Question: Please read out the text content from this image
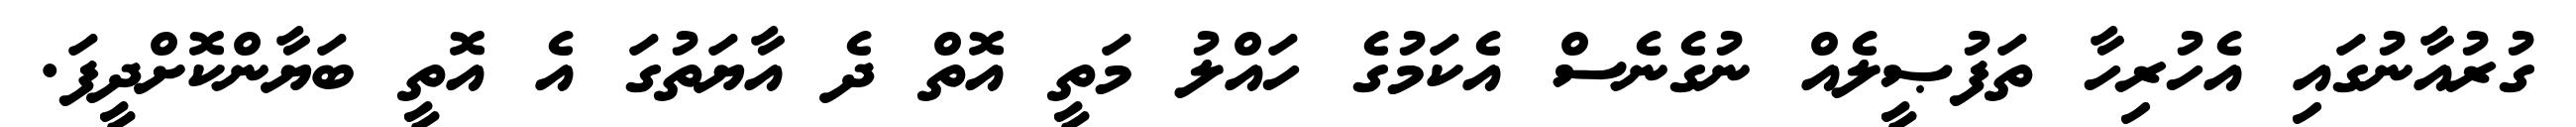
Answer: ގުރުއާނުގައި އެހުރިހާ ތަފުޞީލެއް ނުގެނެސް އެކަމުގެ ހައްލު މަތީ އޮތް ދެ އާޔަތުގަ އެ އޮތީ ބަޔާންކޮށްދީފަ.